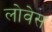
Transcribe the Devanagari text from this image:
लोवेस